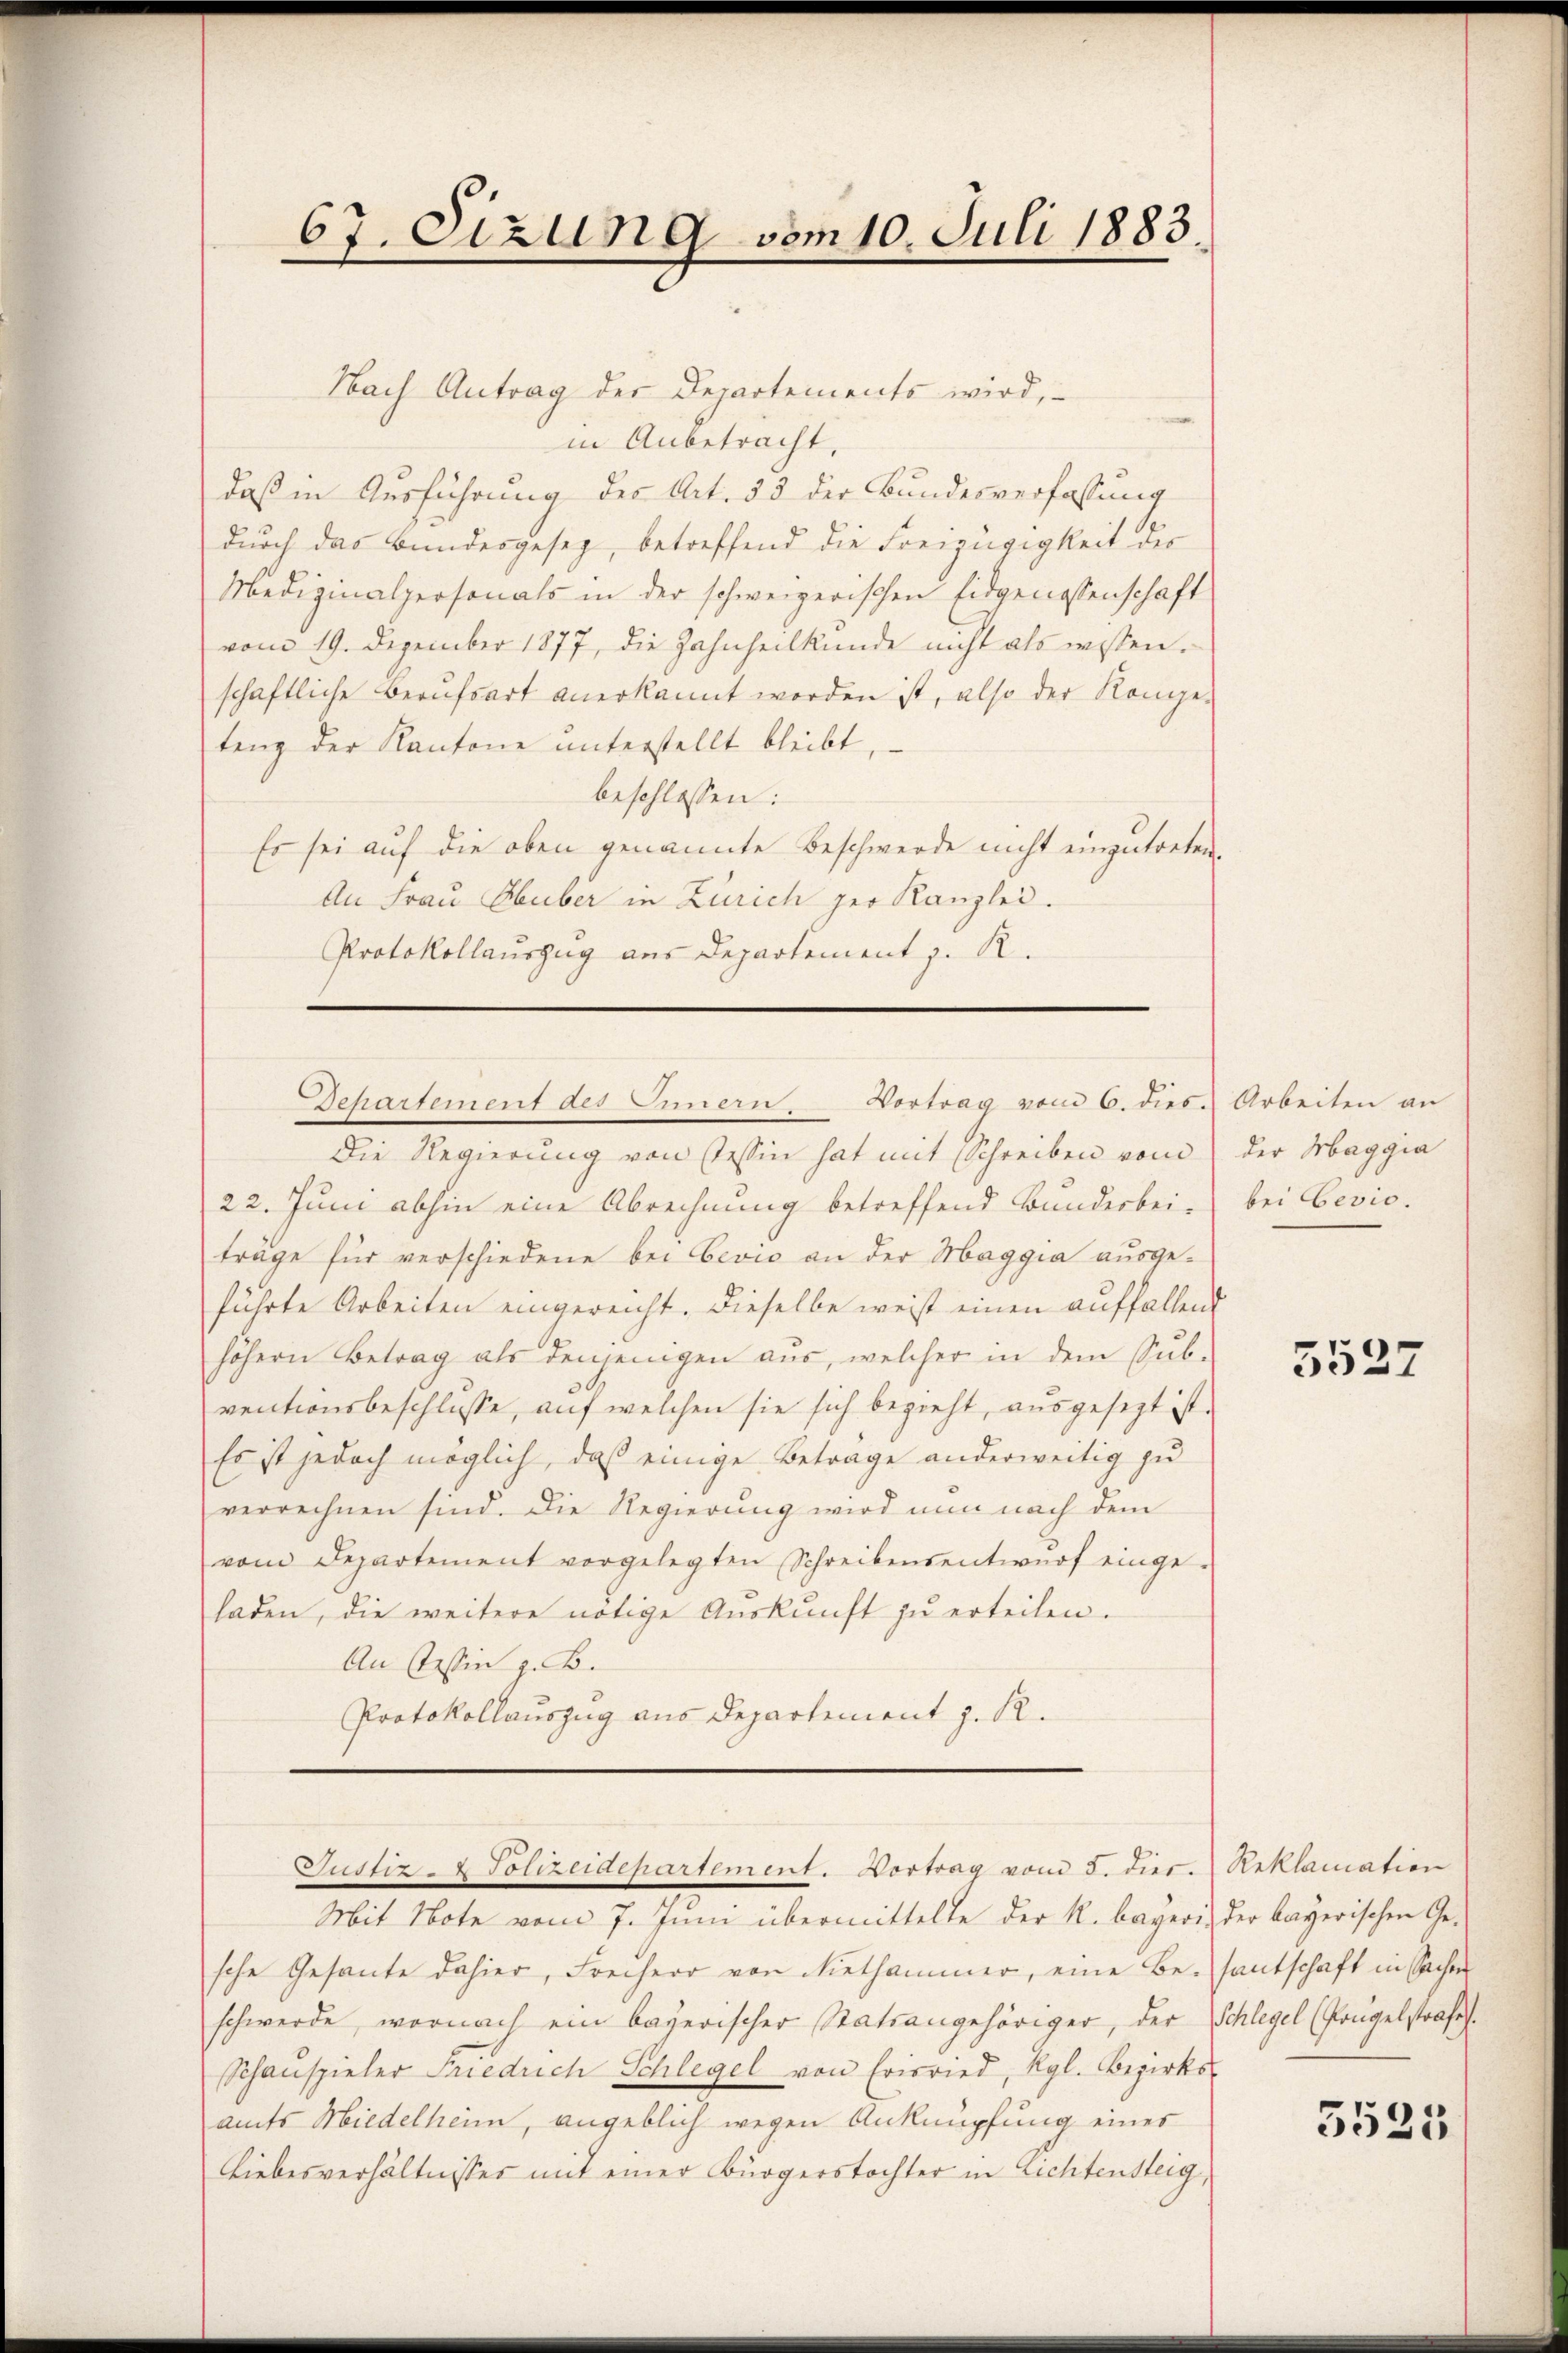
67. Sizung vom 10. Juli 1883.

Nach Antrag der Departements wird,
in Anbetracht,
daß in Ausführung des Art. 53 der Bundesverfassung
durch das Bundesgesez, betreffend die Freizügigkeit der
Mediginalpersonals in der schweizerischen Eidgenossenschaft
vom 19. Dezember 1877, die Zahnheilkunde nicht als wissen.
schaftliche Berufsart anerkannt worden ist, also der Konge-
tenz der Kantone unterstellt bleibt
beschlossen:
Es sei auf die oben genannte Beschwerde nicht einzutreten,
An Frau Huber in Zürich per Kanzlei.
Protokollauszug aus Departement z. R.
Behartement des Innern. Vortrag vom 6. dies. Arbeiten an
Die Regierung von Tessin hat mit Schreiben vom der Maggia
22. Juni abhin eine Abrechnung betreffend Bundesbei-
träge für verschiedene bei Bevio an der Maggia ausgeführte Arbeiten eingereicht. Dieselbe weis einen auffallend
höhern Betrag als denjenigen aus, welcher in dem Sub-
ventionsbeschlusse, auf welchen sie sich bezieht, ausgesezt ist.
Es ist jedoch möglich, daß einige Betrage anderweitig zu
verrechnen sind. Die Regierung wird nun nach dem
vom Departement vorgelegten Schreibensentwŭrf einge-
laden, die weitere nötige Aŭskŭnft zŭ erteilen.
An Tessin z. B.
Protokollauszug aus Departement z. R.

Mit Note vom 7. Juni übermittelte der R. bayeri, der bayerischen Ge-
sche Gesante dahier, Freiherr von Niethammer, eine Be-santschaft in Sachen
schwerde, wornach ein bayerischer Statsangehöriger, der Schlegel (Prügelstrafe.
Schauspieler Friedrich Schlegel von Erisried, Kgl. Bezirks-
amts Miedelheim, angeblich wegen Anknüpfung eines
Liebesverhältnisses mit einer Bürgerstochter in Lichtensteig,

Justiz- & Polizeidepartement. Vortrag vom 5. dies. Reklamation

bei besio.

5527

5525